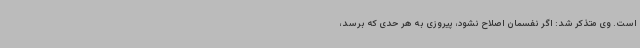
است. وی متذکر شد: اگر نفسمان اصلاح نشود، پیروزی به هر حدی که برسد،